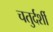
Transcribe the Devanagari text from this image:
चतुर्दर्शी